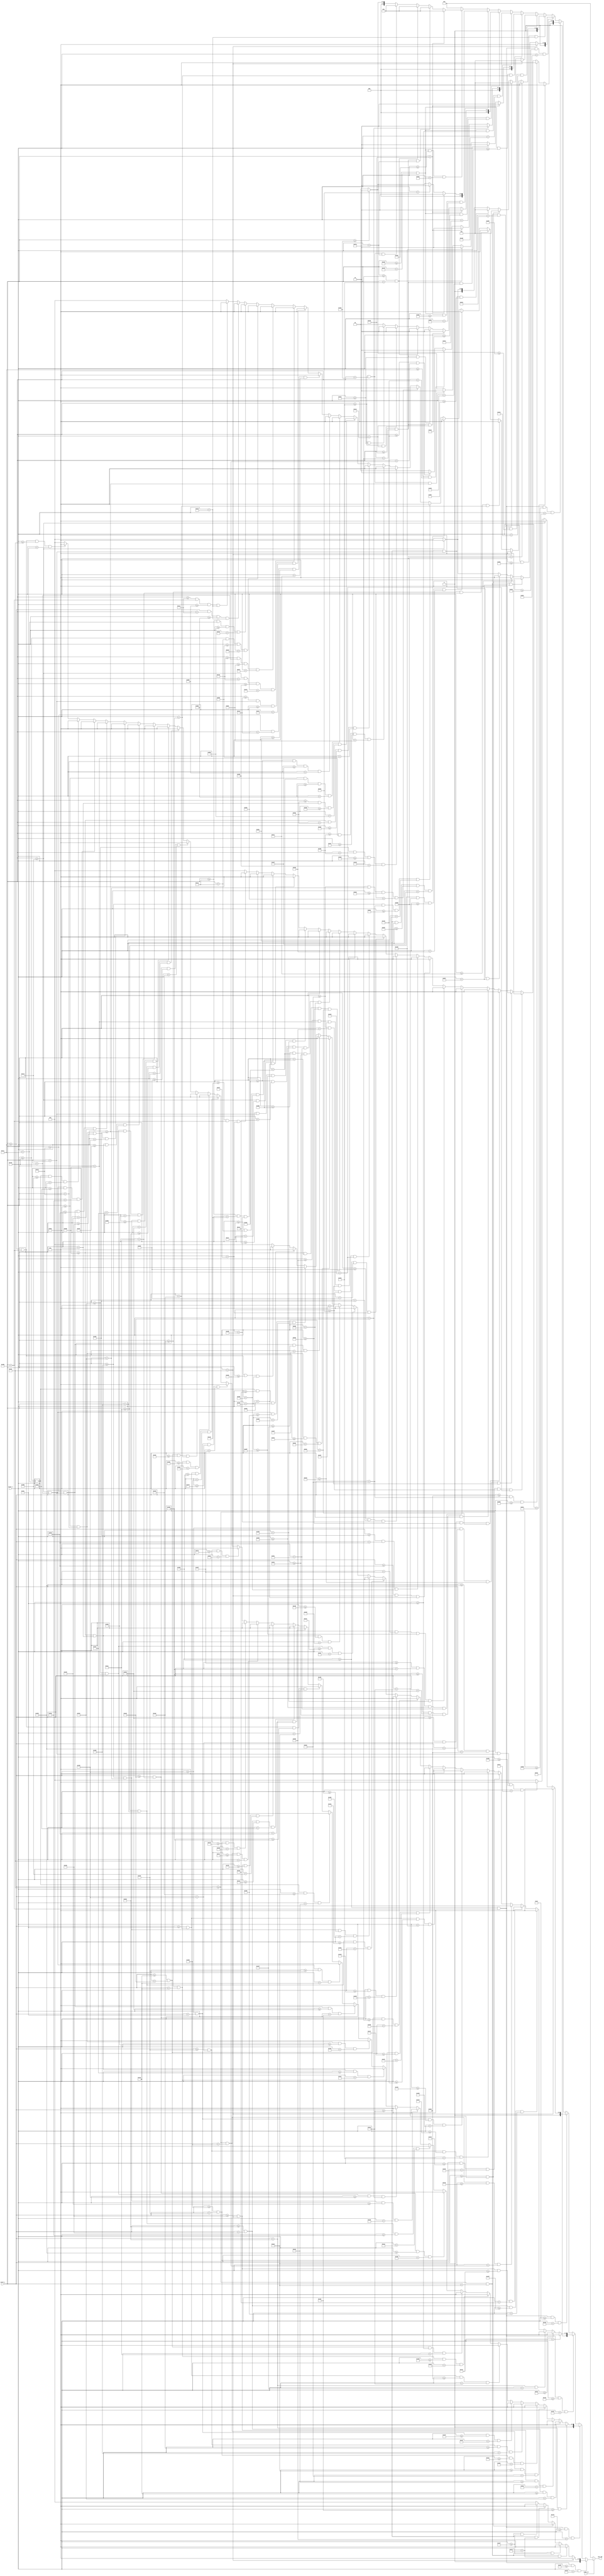
module vga_rgb_title(
    input video_on,
    input [10:0] pixel_x, pixel_y,
    output reg [4:0] vga_rgb
    );

    always @(*)
        begin
        if (video_on)
            if (pixel_y >= 384 && pixel_y < 464 && pixel_x >= 447 && pixel_x < 507) // A
                begin
                if (pixel_y < 396)
                    vga_rgb = 5'b01110;
                else if (pixel_y >= 396 && pixel_y < 418 && pixel_x < 459)
                    vga_rgb = 5'b01110;
                else if (pixel_y >= 396 && pixel_y < 418 && pixel_x >= 495)
                    vga_rgb = 5'b01110;
                else if (pixel_y >= 418 && pixel_y < 430)
                    vga_rgb = 5'b01110;
                else if (pixel_y >= 430 && pixel_x < 459)
                    vga_rgb = 5'b01110;
                else if (pixel_y >= 430 && pixel_x >= 495)
                    vga_rgb = 5'b01110;
                else
                    vga_rgb = 5'b00000;
                end
            else if (pixel_y >= 384 && pixel_y < 464 && pixel_x >= 377 && pixel_x < 437) //letter V
                begin
                if (pixel_y < 388 && pixel_x >= 421)
                    vga_rgb = 5'b01110;
                else if (pixel_y >= 388 && pixel_y < 392 && pixel_x >= 420 && pixel_x < 436)
                    vga_rgb = 5'b01110;
                else if (pixel_y >= 392 && pixel_y < 396 && pixel_x >= 419 && pixel_x < 435)
                    vga_rgb = 5'b01110;
                else if (pixel_y >= 396 && pixel_y < 400 && pixel_x >= 418 && pixel_x < 434)
                    vga_rgb = 5'b01110;
                else if (pixel_y >= 400 && pixel_y < 404 && pixel_x >= 417 && pixel_x < 433)
                    vga_rgb = 5'b01110;
                else if (pixel_y >= 404 && pixel_y < 408 && pixel_x >= 416 && pixel_x < 432)
                    vga_rgb = 5'b01110;
                else if (pixel_y >= 408 && pixel_y < 412 && pixel_x >= 415 && pixel_x < 431)
                    vga_rgb = 5'b01110;
                else if (pixel_y >= 412 && pixel_y < 416 && pixel_x >= 414 && pixel_x < 430)
                    vga_rgb = 5'b01110;
                else if (pixel_y >= 416 && pixel_y < 420 && pixel_x >= 413 && pixel_x < 429)
                    vga_rgb = 5'b01110;
                else if (pixel_y >= 420 && pixel_y < 424 && pixel_x >= 412 && pixel_x < 428)
                    vga_rgb = 5'b01110;
                else if (pixel_y >= 424 && pixel_y < 428 && pixel_x >= 411 && pixel_x < 427)
                    vga_rgb = 5'b01110;
                else if (pixel_y >= 428 && pixel_y < 432 && pixel_x >= 410 && pixel_x < 426)
                    vga_rgb = 5'b01110;
                else if (pixel_y >= 432 && pixel_y < 436 && pixel_x >= 409 && pixel_x < 425)
                    vga_rgb = 5'b01110;
                else if (pixel_y >= 436 && pixel_y < 440 && pixel_x >= 408 && pixel_x < 424)
                    vga_rgb = 5'b01110;
                else if (pixel_y >= 440 && pixel_y < 444 && pixel_x >= 407 && pixel_x < 423)
                    vga_rgb = 5'b01110;
                else if (pixel_y >= 444 && pixel_y < 448 && pixel_x >= 406 && pixel_x < 422)
                    vga_rgb = 5'b01110;
                else if (pixel_y >= 448 && pixel_y < 452 && pixel_x >= 405 && pixel_x < 421)
                    vga_rgb = 5'b01110;
                else if (pixel_y >= 452 && pixel_y < 456 && pixel_x >= 404 && pixel_x < 420)
                    vga_rgb = 5'b01110;
                else if (pixel_y >= 456 && pixel_y < 460 && pixel_x >= 403 && pixel_x < 419)
                    vga_rgb = 5'b01110;
                else if (pixel_y >= 460 && pixel_y < 464 && pixel_x >= 402 && pixel_x < 418)
                    vga_rgb = 5'b01110;
                else if (pixel_y < 388 && pixel_x < 393)
                    vga_rgb = 5'b01110;
                else if (pixel_y >= 388 && pixel_y < 392 && pixel_x >= 378 && pixel_x < 394)
                    vga_rgb = 5'b01110;
                else if (pixel_y >= 392 && pixel_y < 396 && pixel_x >= 379 && pixel_x < 395)
                    vga_rgb = 5'b01110;
                else if (pixel_y >= 396 && pixel_y < 400 && pixel_x >= 380 && pixel_x < 396)
                    vga_rgb = 5'b01110;
                else if (pixel_y >= 400 && pixel_y < 404 && pixel_x >= 381 && pixel_x < 397)
                    vga_rgb = 5'b01110;
                else if (pixel_y >= 404 && pixel_y < 408 && pixel_x >= 382 && pixel_x < 398)
                    vga_rgb = 5'b01110;
                else if (pixel_y >= 408 && pixel_y < 412 && pixel_x >= 383 && pixel_x < 399)
                    vga_rgb = 5'b01110;
                else if (pixel_y >= 412 && pixel_y < 416 && pixel_x >= 384 && pixel_x < 400)
                    vga_rgb = 5'b01110;
                else if (pixel_y >= 416 && pixel_y < 420 && pixel_x >= 385 && pixel_x < 401)
                    vga_rgb = 5'b01110;
                else if (pixel_y >= 420 && pixel_y < 424 && pixel_x >= 386 && pixel_x < 402)
                    vga_rgb = 5'b01110;
                else if (pixel_y >= 424 && pixel_y < 428 && pixel_x >= 387 && pixel_x < 403)
                    vga_rgb = 5'b01110;
                else if (pixel_y >= 428 && pixel_y < 432 && pixel_x >= 388 && pixel_x < 404)
                    vga_rgb = 5'b01110;
                else if (pixel_y >= 432 && pixel_y < 436 && pixel_x >= 389 && pixel_x < 405)
                    vga_rgb = 5'b01110;
                else if (pixel_y >= 436 && pixel_y < 440 && pixel_x >= 390 && pixel_x < 406)
                    vga_rgb = 5'b01110;
                else if (pixel_y >= 440 && pixel_y < 444 && pixel_x >= 391 && pixel_x < 407)
                    vga_rgb = 5'b01110;
                else if (pixel_y >= 444 && pixel_y < 448 && pixel_x >= 392 && pixel_x < 408)
                    vga_rgb = 5'b01110;
                else if (pixel_y >= 448 && pixel_y < 452 && pixel_x >= 393 && pixel_x < 409)
                    vga_rgb = 5'b01110;
                else if (pixel_y >= 452 && pixel_y < 456 && pixel_x >= 394 && pixel_x < 410)
                    vga_rgb = 5'b01110;
                else if (pixel_y >= 456 && pixel_y < 460 && pixel_x >= 395 && pixel_x < 411)
                    vga_rgb = 5'b01110;
                else if (pixel_y >= 460 && pixel_y < 464 && pixel_x >= 396 && pixel_x < 412)
                    vga_rgb = 5'b01110;
                else
                    vga_rgb = 5'b00000;
                end
            else if (pixel_y >= 384 && pixel_y < 464 && pixel_x >= 307 && pixel_x < 367) //letter N
                begin
                if (pixel_x < 321)
                    vga_rgb = 5'b01110;
                else if (pixel_x >= 353)
                    vga_rgb = 5'b01110;
                else if (pixel_y < 388 && pixel_x < 335)
                    vga_rgb = 5'b01110;
                else if (pixel_y >= 388 && pixel_y < 392 && pixel_x >= 319 && pixel_x < 336)
                    vga_rgb = 5'b01110;
                else if (pixel_y >= 392 && pixel_y < 396 && pixel_x >= 321 && pixel_x < 337)
                    vga_rgb = 5'b01110;
                else if (pixel_y >= 396 && pixel_y < 400 && pixel_x >= 322 && pixel_x < 338)
                    vga_rgb = 5'b01110;
                else if (pixel_y >= 400 && pixel_y < 404 && pixel_x >= 323 && pixel_x < 339)
                    vga_rgb = 5'b01110;
                else if (pixel_y >= 404 && pixel_y < 408 && pixel_x >= 324 && pixel_x < 340)
                    vga_rgb = 5'b01110;
                else if (pixel_y >= 408 && pixel_y < 412 && pixel_x >= 325 && pixel_x < 341)
                    vga_rgb = 5'b01110;
                else if (pixel_y >= 412 && pixel_y < 416 && pixel_x >= 326 && pixel_x < 342)
                    vga_rgb = 5'b01110;
                else if (pixel_y >= 416 && pixel_y < 420 && pixel_x >= 327 && pixel_x < 343)
                    vga_rgb = 5'b01110;
                else if (pixel_y >= 420 && pixel_y < 424 && pixel_x >= 328 && pixel_x < 344)
                    vga_rgb = 5'b01110;
                else if (pixel_y >= 424 && pixel_y < 428 && pixel_x >= 329 && pixel_x < 345)
                    vga_rgb = 5'b01110;
                else if (pixel_y >= 428 && pixel_y < 432 && pixel_x >= 330 && pixel_x < 346)
                    vga_rgb = 5'b01110;
                else if (pixel_y >= 432 && pixel_y < 436 && pixel_x >= 331 && pixel_x < 347)
                    vga_rgb = 5'b01110;
                else if (pixel_y >= 436 && pixel_y < 440 && pixel_x >= 332 && pixel_x < 348)
                    vga_rgb = 5'b01110;
                else if (pixel_y >= 440 && pixel_y < 444 && pixel_x >= 333 && pixel_x < 349)
                    vga_rgb = 5'b01110;
                else if (pixel_y >= 444 && pixel_y < 448 && pixel_x >= 334 && pixel_x < 350)
                    vga_rgb = 5'b01110;
                else if (pixel_y >= 448 && pixel_y < 452 && pixel_x >= 335 && pixel_x < 351)
                    vga_rgb = 5'b01110;
                else if (pixel_y >= 452 && pixel_y < 456 && pixel_x >= 336 && pixel_x < 352)
                    vga_rgb = 5'b01110;
                else if (pixel_y >= 456 && pixel_y < 460 && pixel_x >= 337 && pixel_x < 355)
                    vga_rgb = 5'b01110;
                else if (pixel_y >= 460 && pixel_y < 464 && pixel_x >= 338 && pixel_x < 355)
                    vga_rgb = 5'b01110;                  
                else
                    vga_rgb = 5'b00000;
                end
            else if (pixel_y >= 384 && pixel_y < 464 && pixel_x >= 237 && pixel_x < 297) //letter I
                begin
                if (pixel_y < 396)
                    vga_rgb = 5'b01110;
                else if (pixel_y >= 452)
                    vga_rgb = 5'b01110;
                else if (pixel_y >= 396 && pixel_y < 452 && pixel_x >= 261 && pixel_x < 273)
                    vga_rgb = 5'b01110;
                else
                    vga_rgb = 5'b00000;
                end
            else if (pixel_y >= 384 && pixel_y < 464 && pixel_x >= 517 && pixel_x < 577) //letter D
                begin
                if (pixel_x < 529)
                    vga_rgb = 5'b01110;
                else if (pixel_y >= 414 && pixel_y < 434 && pixel_x >= 565)
                    vga_rgb = 5'b01110;
                else if (pixel_y >= 411 && pixel_y < 414 && pixel_x >= 564 && pixel_x < 576)
                    vga_rgb = 5'b01110;
                else if (pixel_y >= 408 && pixel_y < 411 && pixel_x >= 563 && pixel_x < 575)
                    vga_rgb = 5'b01110;
                else if (pixel_y >= 405 && pixel_y < 408 && pixel_x >= 562 && pixel_x < 574)
                    vga_rgb = 5'b01110;
                else if (pixel_y >= 402 && pixel_y < 405 && pixel_x >= 561 && pixel_x < 573)
                    vga_rgb = 5'b01110;
                else if (pixel_y >= 399 && pixel_y < 402 && pixel_x >= 560 && pixel_x < 572)
                    vga_rgb = 5'b01110;
                else if (pixel_y >= 396 && pixel_y < 399 && pixel_x >= 559 && pixel_x < 571)
                    vga_rgb = 5'b01110;
                else if (pixel_y >= 393 && pixel_y < 396 && pixel_x < 570)
                    vga_rgb = 5'b01110;
                else if (pixel_y >= 390 && pixel_y < 393 && pixel_x < 569)
                    vga_rgb = 5'b01110;
                else if (pixel_y >= 387 && pixel_y < 390 && pixel_x < 568)
                    vga_rgb = 5'b01110;
                else if (pixel_y >= 384 && pixel_y < 387 && pixel_x < 567)
                    vga_rgb = 5'b01110;
                else if (pixel_y >= 434 && pixel_y < 437 && pixel_x >= 564 && pixel_x < 576)
                    vga_rgb = 5'b01110;
                else if (pixel_y >= 437 && pixel_y < 440 && pixel_x >= 563 && pixel_x < 575)
                    vga_rgb = 5'b01110;
                else if (pixel_y >= 440 && pixel_y < 443 && pixel_x >= 562 && pixel_x < 574)
                    vga_rgb = 5'b01110;
                else if (pixel_y >= 443 && pixel_y < 446 && pixel_x >= 561 && pixel_x < 573)
                    vga_rgb = 5'b01110;
                else if (pixel_y >= 446 && pixel_y < 449 && pixel_x >= 560 && pixel_x < 572)
                    vga_rgb = 5'b01110;
                else if (pixel_y >= 449 && pixel_y < 452 && pixel_x >= 559 && pixel_x < 571)
                    vga_rgb = 5'b01110;
                else if (pixel_y >= 452 && pixel_y < 455 && pixel_x < 570)
                    vga_rgb = 5'b01110;
                else if (pixel_y >= 455 && pixel_y < 458 && pixel_x < 569)
                    vga_rgb = 5'b01110;
                else if (pixel_y >= 458 && pixel_y < 461 && pixel_x < 568)
                    vga_rgb = 5'b01110;
                else if (pixel_y >= 461 && pixel_y < 464 && pixel_x < 567)
                    vga_rgb = 5'b01110;
                else
                    vga_rgb = 5'b00000;
                end
            else if (pixel_y >= 384 && pixel_y < 464 && pixel_x >= 587 && pixel_x < 647) //letter E
                begin
                if (pixel_y < 396)
                    vga_rgb = 5'b01110;
                else if (pixel_y >= 396 && pixel_y < 418 && pixel_x < 599)
                    vga_rgb = 5'b01110;
                else if (pixel_y >= 418 && pixel_y < 430)
                    vga_rgb = 5'b01110;
                else if (pixel_y >= 430 && pixel_y < 452 && pixel_x < 599)
                    vga_rgb = 5'b01110;
                else if (pixel_y >= 452)
                    vga_rgb = 5'b01110;
                else
                    vga_rgb = 5'b00000;
                end
            else if (pixel_y >= 384 && pixel_y < 464 && pixel_x >= 657 && pixel_x < 717) //letter R
                begin
                if (pixel_x < 669)
                    vga_rgb = 5'b01110;
                else if (pixel_y < 396)
                    vga_rgb = 5'b01110;
                else if (pixel_x >= 705 && pixel_y < 416)
                    vga_rgb = 5'b01110;
                else if (pixel_y >= 416 && pixel_y < 428)
                    vga_rgb = 5'b01110;
                else if (pixel_y >= 428 && pixel_y < 430 && pixel_x >= 669 && pixel_x < 685)
                    vga_rgb = 5'b01110;
                else if (pixel_y >= 430 && pixel_y < 432 && pixel_x >= 671 && pixel_x < 687)
                    vga_rgb = 5'b01110;
                else if (pixel_y >= 432 && pixel_y < 434 && pixel_x >= 673 && pixel_x < 689)
                    vga_rgb = 5'b01110;
                else if (pixel_y >= 434 && pixel_y < 436 && pixel_x >= 675 && pixel_x < 691)
                    vga_rgb = 5'b01110;
                else if (pixel_y >= 436 && pixel_y < 438 && pixel_x >= 677 && pixel_x < 693)
                    vga_rgb = 5'b01110;
                else if (pixel_y >= 438 && pixel_y < 440 && pixel_x >= 679 && pixel_x < 695)
                    vga_rgb = 5'b01110;
                else if (pixel_y >= 440 && pixel_y < 442 && pixel_x >= 681 && pixel_x < 697)
                    vga_rgb = 5'b01110;
                else if (pixel_y >= 442 && pixel_y < 444 && pixel_x >= 683 && pixel_x < 699)
                    vga_rgb = 5'b01110;
                else if (pixel_y >= 444 && pixel_y < 446 && pixel_x >= 685 && pixel_x < 701)
                    vga_rgb = 5'b01110;
                else if (pixel_y >= 446 && pixel_y < 448 && pixel_x >= 687 && pixel_x < 703)
                    vga_rgb = 5'b01110;
                else if (pixel_y >= 448 && pixel_y < 450 && pixel_x >= 689 && pixel_x < 705)
                    vga_rgb = 5'b01110;
                else if (pixel_y >= 450 && pixel_y < 452 && pixel_x >= 691 && pixel_x < 707)
                    vga_rgb = 5'b01110;
                else if (pixel_y >= 452 && pixel_y < 454 && pixel_x >= 693 && pixel_x < 709)
                    vga_rgb = 5'b01110;
                else if (pixel_y >= 454 && pixel_y < 456 && pixel_x >= 695 && pixel_x < 711)
                    vga_rgb = 5'b01110;
                else if (pixel_y >= 456 && pixel_y < 458 && pixel_x >= 697 && pixel_x < 713)
                    vga_rgb = 5'b01110;
                else if (pixel_y >= 458 && pixel_y < 460 && pixel_x >= 699 && pixel_x < 715)
                    vga_rgb = 5'b01110;
                else if (pixel_y >= 460 && pixel_y < 462 && pixel_x >= 701 && pixel_x < 717)
                    vga_rgb = 5'b01110;
                else if (pixel_y >= 462 && pixel_y < 464 && pixel_x >= 703 && pixel_x < 717)
                    vga_rgb = 5'b01110;
                else
                    vga_rgb = 5'b00000;
                end
            else if (pixel_y >= 384 && pixel_y < 464 && pixel_x >= 727 && pixel_x < 787) //letter S
                begin
                if (pixel_y < 396)
                    vga_rgb = 5'b01110;
                else if (pixel_y >= 396 && pixel_y < 418 && pixel_x < 739)
                    vga_rgb = 5'b01110;
                else if (pixel_y >= 418 && pixel_y < 430)
                    vga_rgb = 5'b01110;
                else if (pixel_y >= 430 && pixel_y < 452 && pixel_x >= 775)
                    vga_rgb = 5'b01110;
                else if (pixel_y >= 452)
                    vga_rgb = 5'b01110;
                else
                    vga_rgb = 5'b00000;
                end
            else if (pixel_y >= 294 && pixel_y < 374 && pixel_x >= 342 && pixel_x < 402) //letter S
                begin
                if (pixel_y < 306)
                    vga_rgb = 5'b00010;
                else if (pixel_y >= 306 && pixel_y < 328 && pixel_x < 354)
                    vga_rgb = 5'b00010;
                else if (pixel_y >= 328 && pixel_y < 340)
                    vga_rgb = 5'b00010;
                else if (pixel_y >= 340 && pixel_y < 362 && pixel_x >= 390)
                    vga_rgb = 5'b00010;
                else if (pixel_y >= 362)
                    vga_rgb = 5'b00010;
                else
                    vga_rgb = 5'b00000;
                end
            else if (pixel_y >= 294 && pixel_y < 374 && pixel_x >= 412 && pixel_x < 472) //letter P
                begin
                if (pixel_x < 424)
                    vga_rgb = 5'b00010;
                else if (pixel_y < 306)
                    vga_rgb = 5'b00010;
                else if (pixel_x >= 460 && pixel_y < 326)
                    vga_rgb = 5'b00010;
                else if (pixel_y >= 326 && pixel_y < 338)
                    vga_rgb = 5'b00010;
                else
                    vga_rgb = 5'b00000;
                end
            else if (pixel_y >= 294 && pixel_y < 374 && pixel_x >= 482 && pixel_x < 542) //letter A
                begin
                if (pixel_y < 306)
                    vga_rgb = 5'b00010;
                else if (pixel_y >= 306 && pixel_y < 328 && pixel_x < 494)
                    vga_rgb = 5'b00010;
                else if (pixel_y >= 306 && pixel_y < 328 && pixel_x >= 530)
                    vga_rgb = 5'b00010;
                else if (pixel_y >= 328 && pixel_y < 340)
                    vga_rgb = 5'b00010;
                else if (pixel_y >= 340 && pixel_x < 494)
                    vga_rgb = 5'b00010;
                else if (pixel_y >= 340 && pixel_x >= 530)
                    vga_rgb = 5'b00010;
                else
                    vga_rgb = 5'b00000;
                end
            else if (pixel_y >= 294 && pixel_y < 374 && pixel_x >= 552 && pixel_x < 612) //letter C
                begin
                if (pixel_y < 306)
                    vga_rgb = 5'b00010;
                else if (pixel_x < 564)
                    vga_rgb = 5'b00010;
                else if (pixel_y >= 362)
                    vga_rgb = 5'b00010;
                else
                    vga_rgb = 5'b00000;
                end
            else if (pixel_y >= 294 && pixel_y < 374 && pixel_x >= 622 && pixel_x < 682) //letter E
                begin
                if (pixel_y < 306)
                    vga_rgb = 5'b00010;
                else if (pixel_y >= 306 && pixel_y < 328 && pixel_x < 634)
                    vga_rgb = 5'b00010;
                else if (pixel_y >= 328 && pixel_y < 340)
                    vga_rgb = 5'b00010;
                else if (pixel_y >= 340 && pixel_y < 362 && pixel_x < 634)
                    vga_rgb = 5'b00010;
                else if (pixel_y >= 362)
                    vga_rgb = 5'b00010;
                else
                    vga_rgb = 5'b00000;
                end
            else
                vga_rgb = 5'b00000;
        else
            vga_rgb = 5'b00000;
        end
endmodule